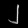
Digit: ၂